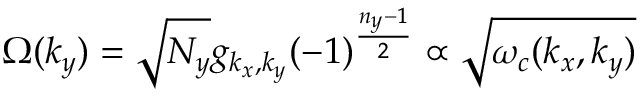
{ \Omega } ( k _ { y } ) = \sqrt { { N } _ { y } } g _ { k _ { x } , k _ { y } } ( - 1 ) ^ { \frac { n _ { y } - 1 } { 2 } } \propto \sqrt { \omega _ { c } ( k _ { x } , k _ { y } ) }